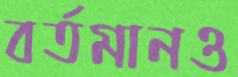
বর্তমানও